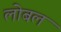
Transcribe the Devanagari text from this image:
लोबल